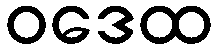
ဝဒေထ